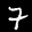
Label: 7